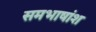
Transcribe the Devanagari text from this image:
समभाषांश